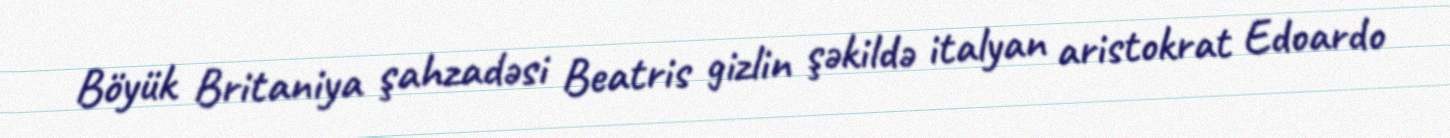
Böyük Britaniya şahzadəsi Beatris gizlin şəkildə italyan aristokrat Edoardo